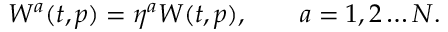
W ^ { a } ( t , p ) = \eta ^ { a } W ( t , p ) , \qquad a = 1 , 2 \ldots N .